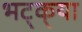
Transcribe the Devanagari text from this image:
भट्‌क्‌या